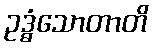
ဥဒ္ဓံသောတာတိ